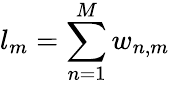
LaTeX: l_{m}=\sum_{n=1}^{M}w_{n,m}